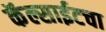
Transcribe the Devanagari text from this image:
कॅल्साईटचा